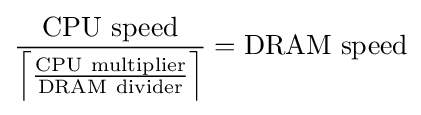
{\frac {\mathrm {CPU~speed} }{\left\lceil {\frac {\mathrm {CPU~multiplier} }{\mathrm {DRAM~divider} }}\right\rceil }}=\mathrm {DRAM~speed}